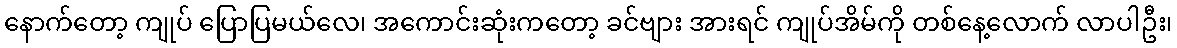
နောက်တော့ ကျုပ် ပြောပြမယ်လေ၊ အကောင်းဆုံးကတော့ ခင်ဗျား အားရင် ကျုပ်အိမ်ကို တစ်နေ့လောက် လာပါဦး၊